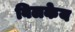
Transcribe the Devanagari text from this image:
बिलकेय